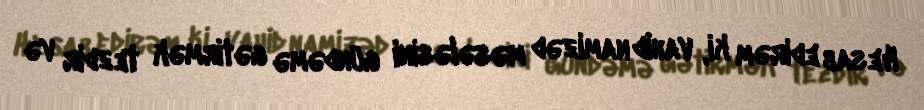
Hesab edirəm ki, vahid namizəd məsələsini gündəmə gətirmək tezdir və